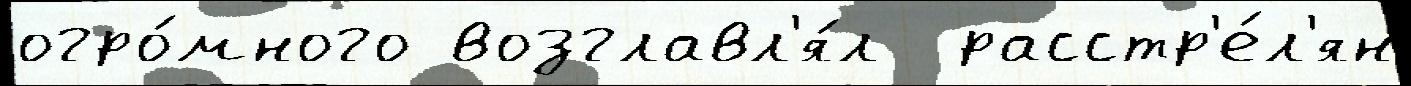
огро́много возглавл'я́л  расстр'е́л'ян